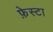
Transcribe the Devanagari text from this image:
फ़ेस्टा